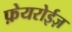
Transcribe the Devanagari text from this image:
फ़ेयरोईज़